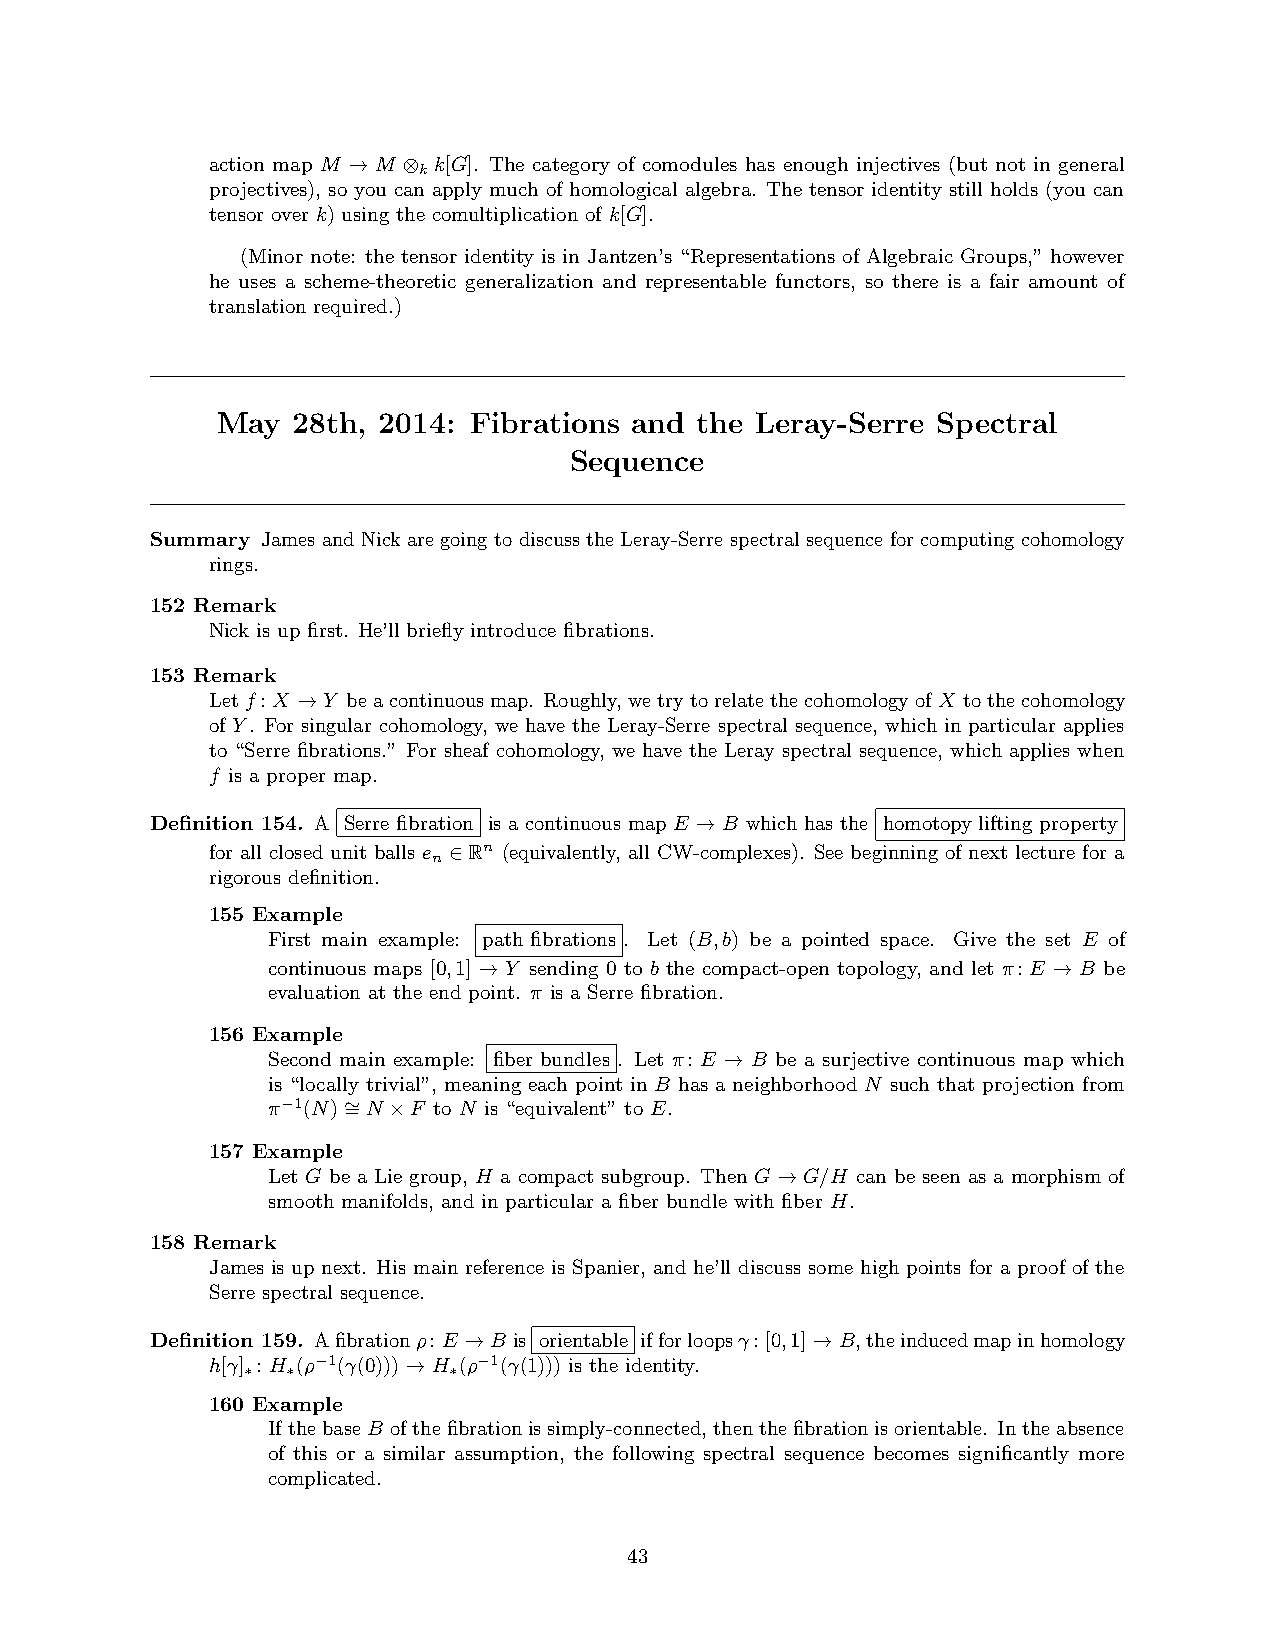
action map M →M ⊗ k[G]. The category of comodules has enough injectives (but not in general
 k
 projectives), so you can apply much of homological algebra. The tensor identity still holds (you can
 tensor over k) using the comultiplication of k[G].
 (Minor note: the tensor identity is in Jantzen’s “Representations of Algebraic Groups,” however
 he uses a scheme-theoretic generalization and representable functors, so there is a fair amount of
 translation required.)
 May  28th, 2014: Fibrations and the Leray-Serre Spectral
 Sequence
 Summary James and Nick are going to discuss the Leray-Serre spectral sequence for computing cohomology
 rings.
 152 Remark
 Nick is up first. He’ll briefly introduce fibrations.
 153 Remark
 Letf: X →Y beacontinuousmap. Roughly, wetrytorelatethecohomologyofX tothecohomology
 of Y. For singular cohomology, we have the Leray-Serre spectral sequence, which in particular applies
 to “Serre fibrations.” For sheaf cohomology, we have the Leray spectral sequence, which applies when
 f is a proper map.
 Definition 154. A Serre fibration is a continuous map E →B which has the homotopy lifting property
 for all closed unit balls e ∈Rn (equivalently, all CW-complexes). See beginning of next lecture for a
 n
 rigorous definition.
 155 Example
 First main example: path fibrations . Let (B,b) be a pointed space. Give the set E of
 continuous maps [0,1] → Y sending 0 to b the compact-open topology, and let π: E → B be
 evaluation at the end point. π is a Serre fibration.
 156 Example
 Second main example: fiber bundles . Let π: E → B be a surjective continuous map which
 is “locally trivial”, meaning each point in B has a neighborhood N such that projection from
 π−1(N)∼ =N ×F to N is “equivalent” to E.
 157 Example
 Let G be a Lie group, H a compact subgroup. Then G→G/H can be seen as a morphism of
 smooth manifolds, and in particular a fiber bundle with fiber H.
 158 Remark
 James is up next. His main reference is Spanier, and he’ll discuss some high points for a proof of the
 Serre spectral sequence.
 Definition 159. Afibrationρ: E →B is orientable ifforloopsγ: [0,1]→B,theinducedmapinhomology
 h[γ] : H (ρ−1(γ(0)))→H (ρ−1(γ(1))) is the identity.
 ∗  ∗          ∗
 160 Example
 IfthebaseB ofthefibrationissimply-connected, thenthefibrationisorientable. Intheabsence
 of this or a similar assumption, the following spectral sequence becomes significantly more
 complicated.
 43